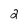
Character: 2